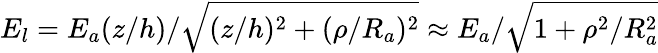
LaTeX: E_{l}=E_{a}(z/h)/\sqrt{(z/h)^{2}+(\rho/R_{a})^{2}}\approx E_{a}/\sqrt{1+\rho^{2}/R_{a}^{2}}